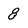
Character: 8